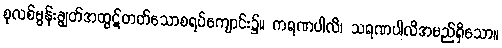
စုလစ်မွန်းချွတ်အထွဋ်တတ်သောစရပ်ကျောင်း၌။ ကရဏပါလိ၊ သရဏပါလိအမည်ရှိသော။